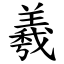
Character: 羲